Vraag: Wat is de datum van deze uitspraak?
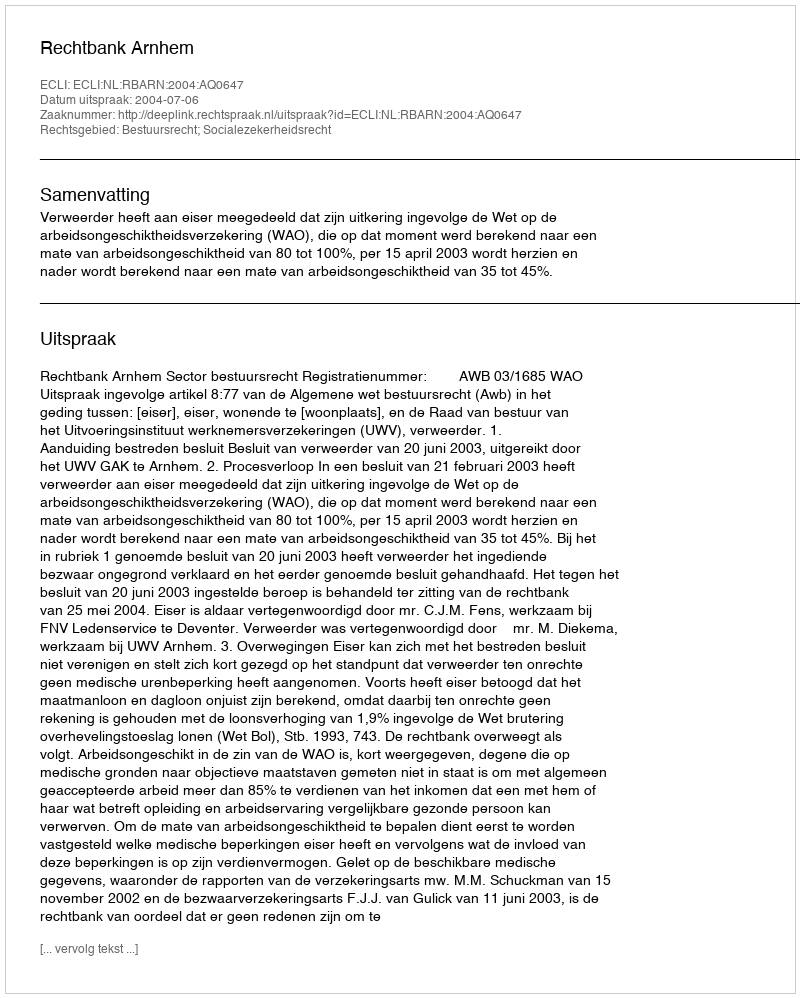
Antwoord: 2004-07-06